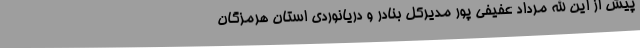
پیش از این الله مرداد عفیفی پور مدیرکل بنادر و دریانوردی استان هرمزگان